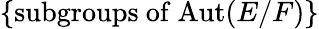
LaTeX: \{ {\mathrm{subgroups~of~Aut}}(E/F)\}